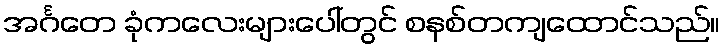
အင်္ဂတေ ခုံကလေးများပေါ်တွင် စနစ်တကျထောင်သည်။